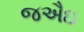
જઐઇ